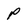
Character: p